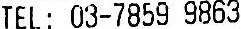
TEL: 03-7859 9863